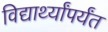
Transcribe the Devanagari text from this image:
विद्यार्थ्यांपर्यंत